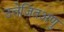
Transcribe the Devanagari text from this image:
उत्तेजितअणु